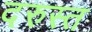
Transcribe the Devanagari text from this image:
दरुस्त